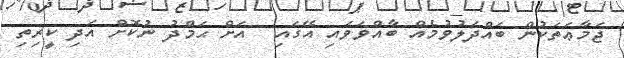
ޖަމާޢަތަކުން ބައްދަލުވުމެއް ބާއްވަވައި އޭގައި  އަށް ޙަމްދު ނުކޮށް އަދި ކީރިތި